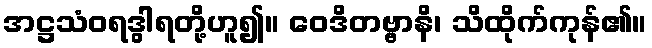
အဋ္ဌသံဝရဒွါရတို့ဟူ၍။ ဝေဒိတဗ္ဗာနိ၊ သိထိုက်ကုန်၏။